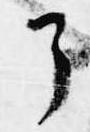
了